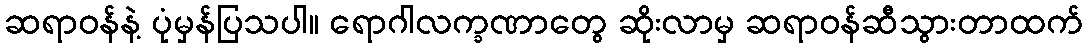
ဆရာဝန်နဲ့ ပုံမှန်ပြသပါ။ ရောဂါလက္ခဏာတွေ ဆိုးလာမှ ဆရာဝန်ဆီသွားတာထက်